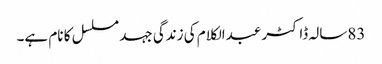
83سالہ ڈاکٹر عبدالکلام کی زندگی جہد مسلسل کا نام ہے۔